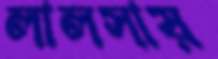
লালসায়